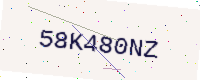
Text: 58K480NZ